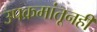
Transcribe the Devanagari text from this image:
उपक्रमांतूनही